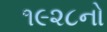
૧૯૨૮નો